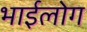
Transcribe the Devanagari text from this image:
भाईलोग